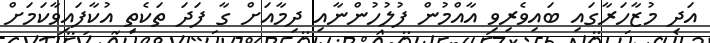
އަދި މުޒާހަރާގައި ބައިވެރިވި އާއްމުން ފުލުހުންނާއި ދިމާއަށް ގާ ފަދަ ތަކެތި އުކާފައިވާކަމަށް